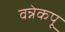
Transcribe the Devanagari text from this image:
वन्नेकपू